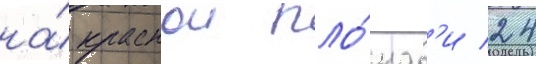
на́ краснои пло́щад'и 24